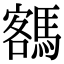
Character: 𩤩